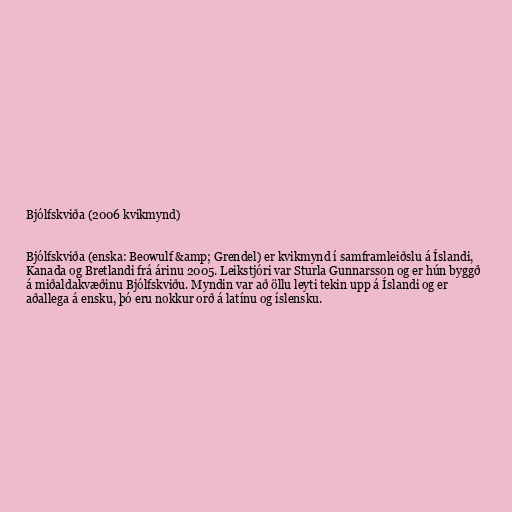
Bjólfskviða (2006 kvikmynd)

Bjólfskviða (enska: Beowulf &amp; Grendel) er kvikmynd í samframleiðslu á Íslandi,
Kanada og Bretlandi frá árinu 2005. Leikstjóri var Sturla Gunnarsson og er hún byggð
á miðaldakvæðinu Bjólfskviðu. Myndin var að öllu leyti tekin upp á Íslandi og er
aðallega á ensku, þó eru nokkur orð á latínu og íslensku.